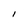
Character: I